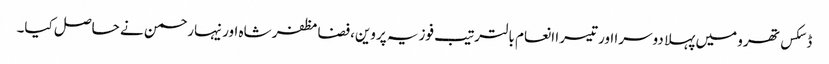
ڈسکس تھرو میں پہلا دوسرا اور تیسرا انعام بالترتیب فوزیہ پروین،فضامظفر شاہ اور نیہارحمن نے حاصل کیا۔